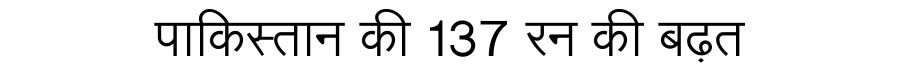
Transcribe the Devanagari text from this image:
पाकिस्तान की 137 रन की बढ़त